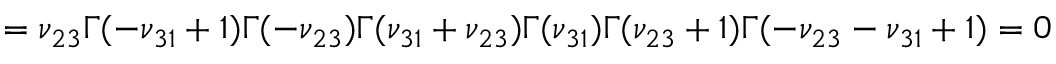
= \nu _ { 2 3 } { \Gamma ( - \nu _ { 3 1 } + 1 ) \Gamma ( - \nu _ { 2 3 } ) \Gamma ( \nu _ { 3 1 } + \nu _ { 2 3 } ) \o { \Gamma ( \nu _ { 3 1 } ) \Gamma ( \nu _ { 2 3 } + 1 ) \Gamma ( - \nu _ { 2 3 } - \nu _ { 3 1 } + 1 ) } } = 0